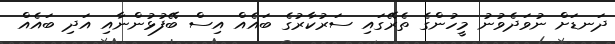
ދަނޑަށް ނުވަދެވުނު މީހުންގެ ތެރޭގައި ސަރުކާރުގެ ބައެއް އިސް ބޭފުޅުންނާއި އަދި ބައެއް